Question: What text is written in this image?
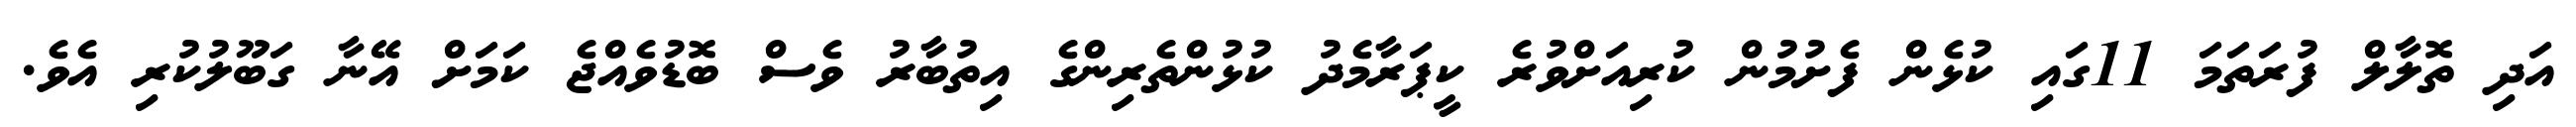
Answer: އަދި ތޮލާލް ފުރަތަމަ 11ގައި ކުޅެން ފެށުމުން ކުރިއަށްވުރެ ކީޕަރާމެދު ކުޅުންތެރިންގެ އިތުބާރު ވެސް ބޮޑުވެއްޖެ ކަމަށް އޭނާ ގަބޫލުކުރި އެވެ.